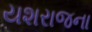
યશરાજના